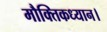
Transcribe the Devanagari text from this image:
मौक्तिकध्यान।